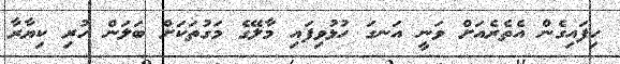
ހިފައިގެން އެތެރެއަށް ވަނީ އަނގަ ހުޅުވިފައި މާލޭގެ މަގުތަކަށް ބަލަން ހުރި ކިޔާރާ